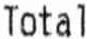
TOTAL